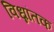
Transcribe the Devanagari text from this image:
विध्नांतक